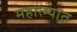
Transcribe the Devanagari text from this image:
महात्म्यात